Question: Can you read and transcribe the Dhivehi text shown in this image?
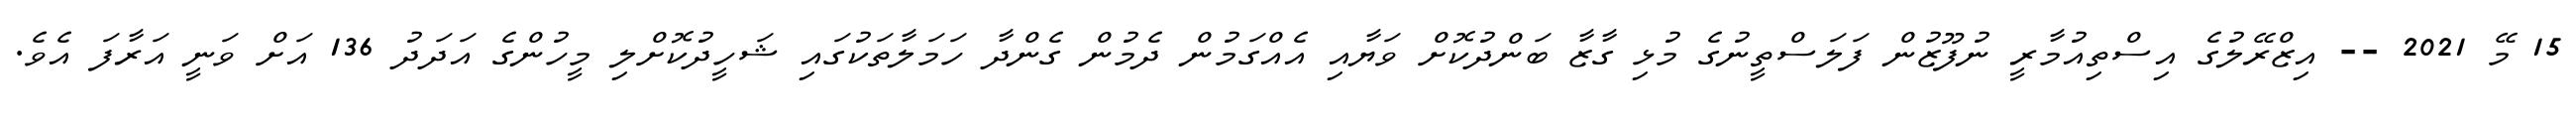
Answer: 15 މޭ 2021 -- އިޒްރޭލުގެ އިސްތިއުމާރީ ނުފޫޒުން ފަލަސްތީނުގެ މުޅި ގާޒާ ބަންދުކޮށް ވަޔާއި އެއްގަމުން ދެމުން ގެންދާ ހަމަލާތަކުގައި ޝަހީދުކޮށްލި މީހުންގެ އަދަދު 136 އަށް ވަނީ އަރާފަ އެވެ.